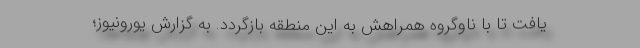
یافت تا با ناوگروه همراهش به این منطقه بازگردد. به گزارش یورونیوز؛